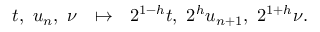
t , \ u _ { n } , \ \nu \ \ \mapsto \ \ 2 ^ { 1 - h } t , \ 2 ^ { h } u _ { n + 1 } , \ 2 ^ { 1 + h } \nu .